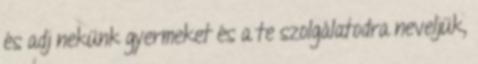
és adj nekünk gyermeket és a te szolgálatodra neveljük,